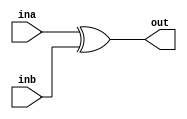
`timescale 1ns/1ps
// Masked XOR gate
//(* fv_prop = "affine", fv_strat = "isolate", fv_order = d *)
module MSKxor #(parameter d=1, parameter count=1) (ina, inb, out);

(* syn_keep="true", keep="true", fv_type = "sharing", fv_latency = 0, fv_count=count *) input  [count*d-1:0] ina, inb;
(* syn_keep="true", keep="true", fv_type = "sharing", fv_latency = 0, fv_count=count *) output [count*d-1:0] out;

assign out = ina ^ inb ;

endmodule